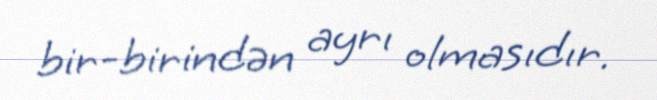
bir-birindən ayrı olmasıdır.